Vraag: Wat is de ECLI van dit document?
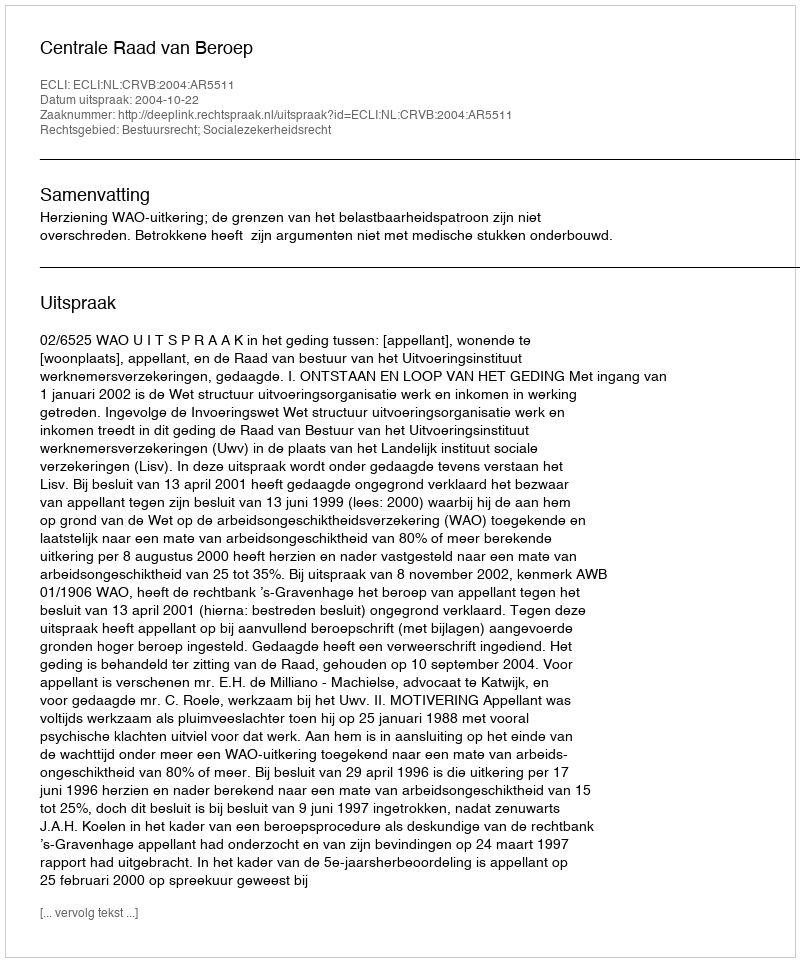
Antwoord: ECLI:NL:CRVB:2004:AR5511